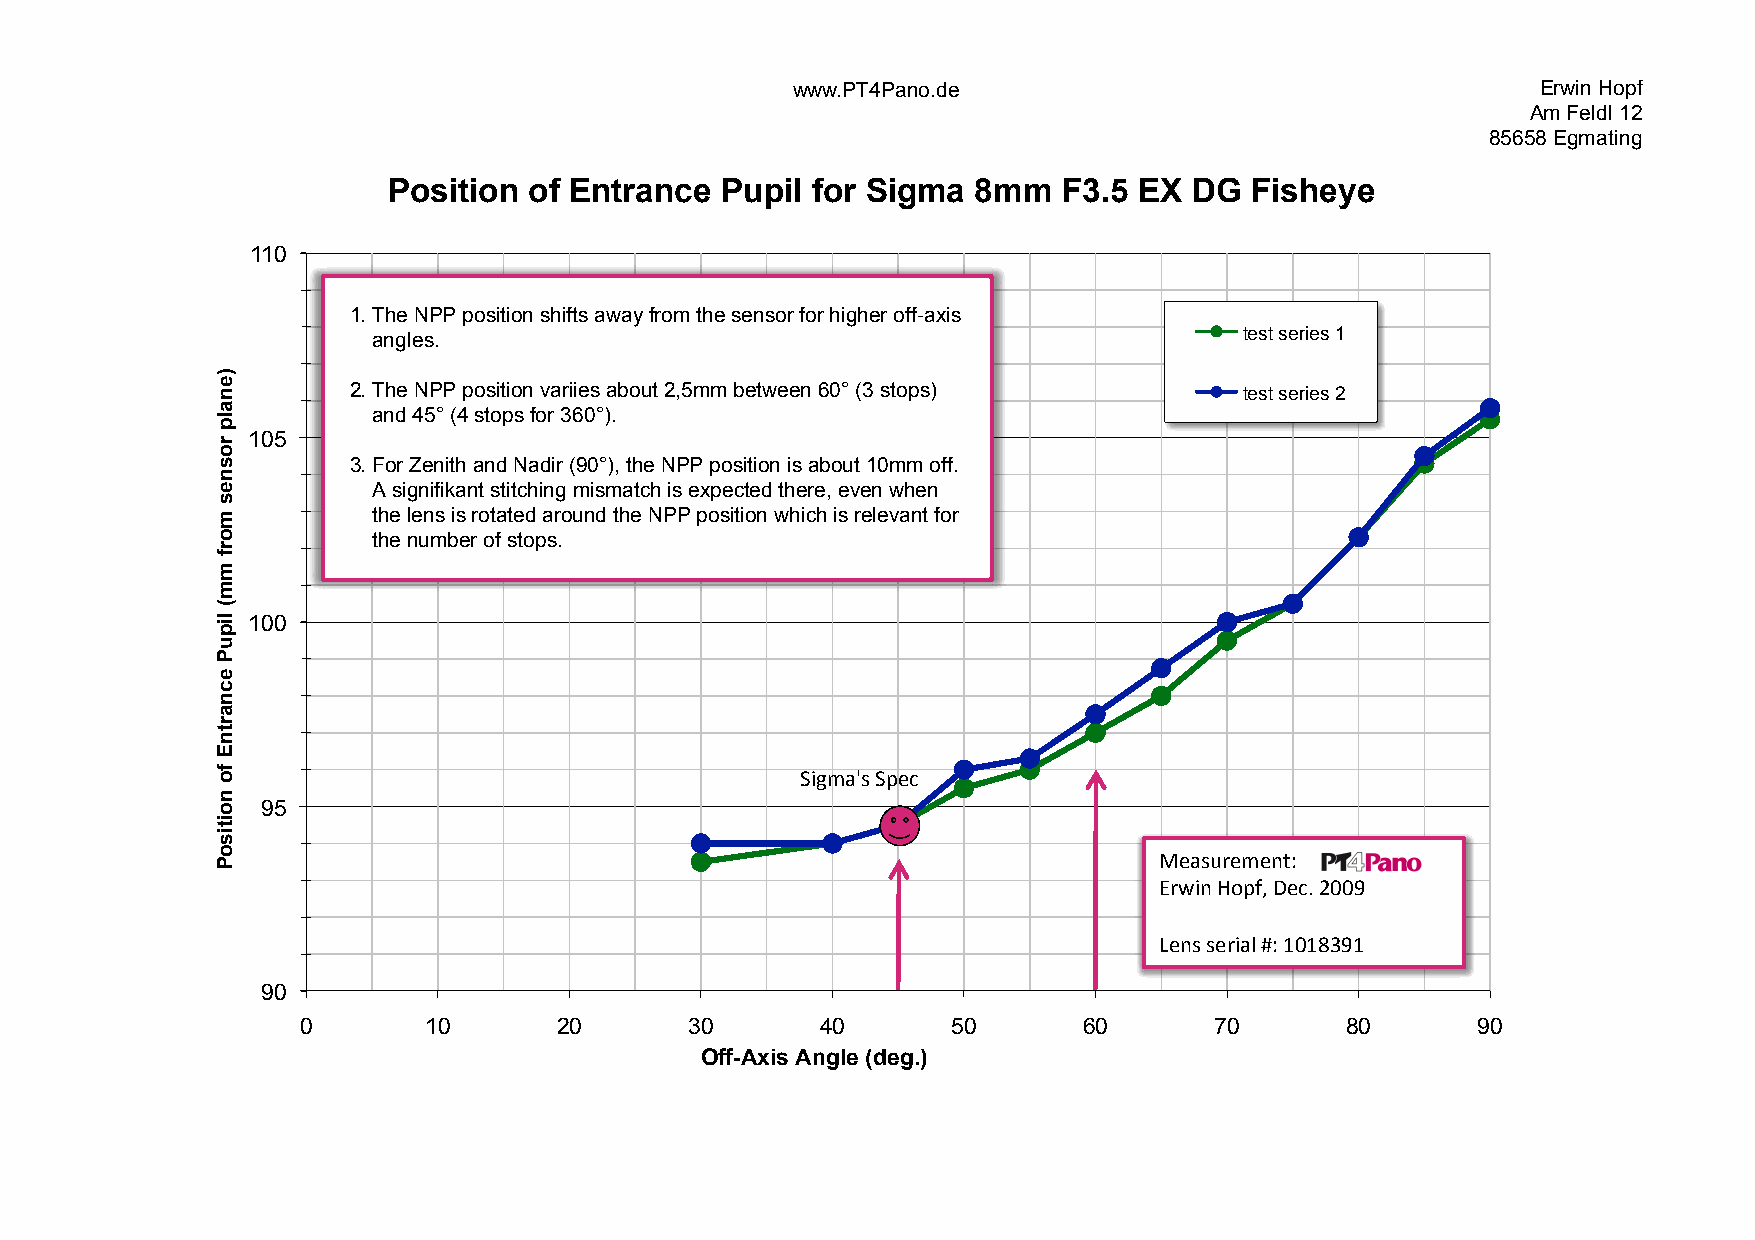
www.PT4Pano.de                                    Erwin Hopf
 Am Feldl 12
 85658 Egmating
 Position of Entrance  Pupil for Sigma  8mm  F3.5 EX  DG  Fisheye
 110
 1. The NPP position shifts away from the sensor for higher off-axis
 test series 1
 angles.
 2. The NPP position variies about 2,5mm between 60° (3 stops) test series 2
 and 45° (4 stops for 360°).
 105
 3. For Zenith and Nadir (90°), the NPP position is about 10mm off.
 A signifikant stitching mismatch is expected there, even when
 the lens is rotated around the NPP position which is relevant for
 the number of stops.
 100
 @.A'#B$+@1"5++
 95
 !"#$%&"'"()*++
 ,&-.(+/0123+4"56+7889+
 :"($+$"&.#;+<*+=8=>?9=+
 90
 0       10       20       30      40       50       60      70       80       90
 Off-Axis Angle (deg.)
 )enalp
 rosnes
 morf
 mm(
 lipuP
 ecnartnE
 fo
 noitisoP